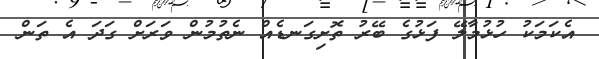
އެކަމަކު ހުޅުމާލޭ ފަޅުގެ ބޭރު ތޮށިގަނޑެއް ނެތުމުން ވަރަށް ގަދަ އެ ތަން